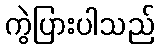
ကွဲပြားပါသည်